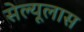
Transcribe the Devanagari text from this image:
सेल्यूलास